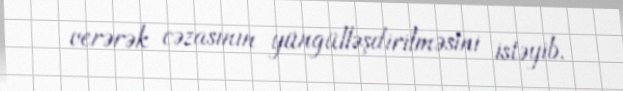
verərək cəzasının yüngülləşdirilməsini istəyib.